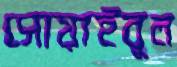
সোয়াইবুল